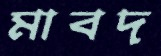
মাবদ